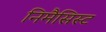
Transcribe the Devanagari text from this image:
निमैसिस्ट